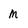
Character: M